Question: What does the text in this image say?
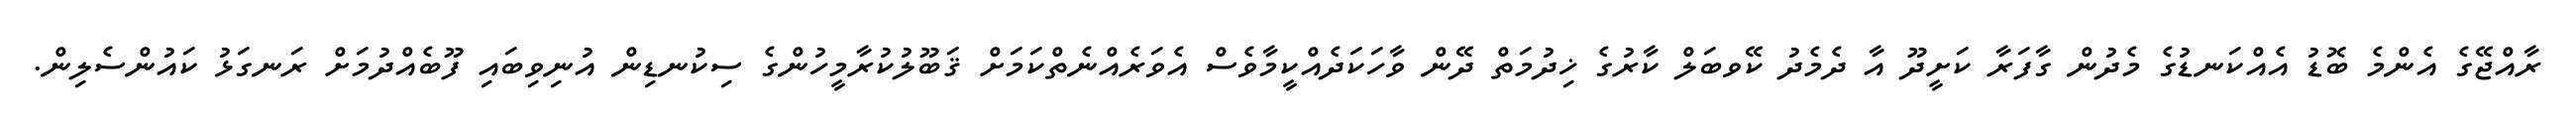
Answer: ރާއްޖޭގެ އެންމެ ބޮޑު އެއްކަނޑުގެ މެދުން ގާފަރާ ކަށީދޫ އާ ދެމެދު ކޭވބަލް ކާރުގެ ޚިދުމަތް ދޭން ވާހަކަދެއްކީމާވެސް އެވަރެއްނެތްކަމަށް ޤަބޫލުކުރާމީހުންގެ ސިކުނޑިން އުނިވިބައި ފޫބެއްދުމަށް ރަނގަޅު ކައުންސެލިން.